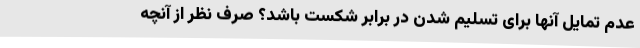
عدم تمایل آنها برای تسلیم شدن در برابر شکست باشد؟ صرف نظر از آنچه